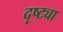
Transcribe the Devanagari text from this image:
दृष्‍ट्या